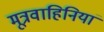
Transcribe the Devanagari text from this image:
मूत्रवाहिनियां